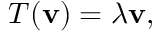
T ( \mathbf { v } ) = \lambda \mathbf { v } ,